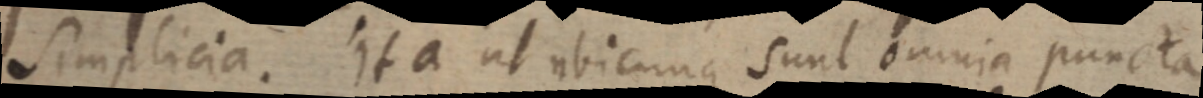
Simplicia. Ita ut ubicunque sunt omnia puncta